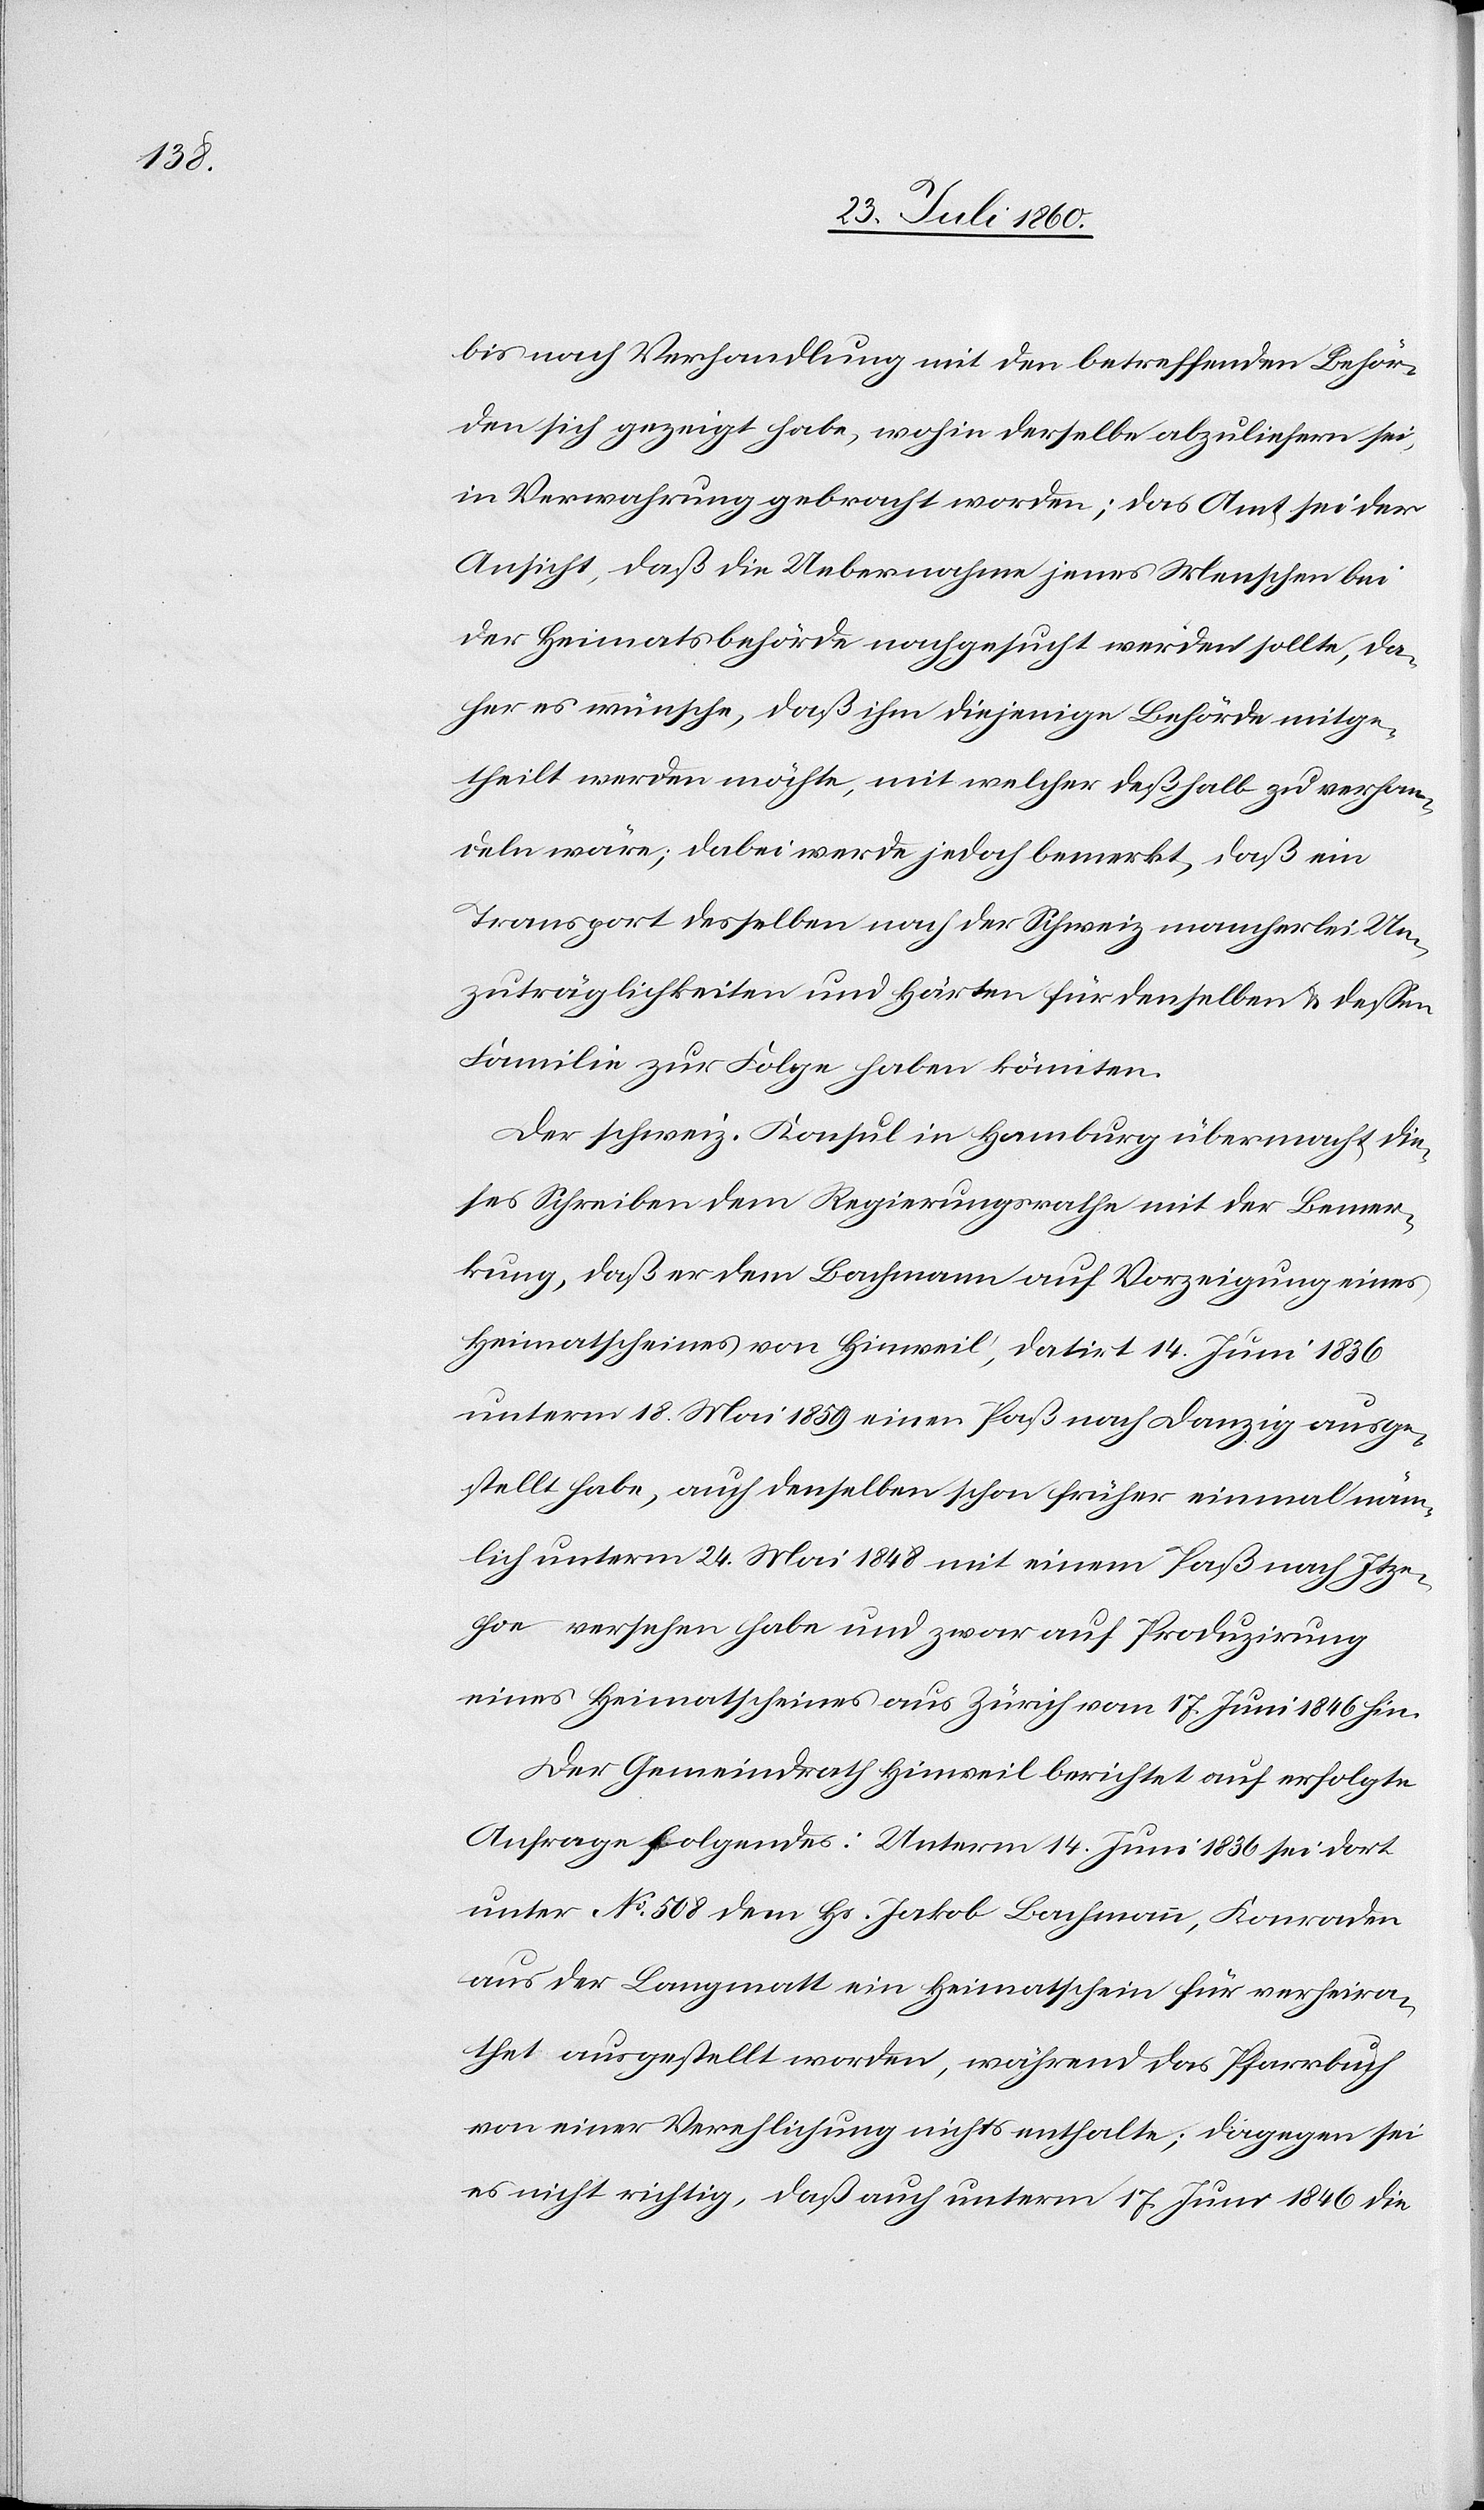
bis nach Verhandlung mit den betreffenden Behör¬
den sich gezeigt habe, wohin derselbe abzuliefern sei,
in Verwahrung gebracht worden; das Amt sei der
Ansicht, dass die Uebernahme jenes Menschen bei
der Heimatsbehörde nachgesucht werden sollte, da¬
her es wüsche, dass ihm diejenige Behörde mitge¬
theilt werden möchte, mit welcher deshalb zu verhan¬
deln wäre; dabei werde jedoch bemerkt, daß ein
Transport desselben nach der Schweiz mancherlei Un¬
zuträglichkeiten und Härten für denselben und dessen
Familie zur Folge haben könnten.
Der schweiz. Konsul in Hamburg übermacht die¬
ses Schreiben dem Regierungsrathe mit der Bemer¬
kung, dass er dem Bachmann auf Vorzeigung eines
Heimatscheines von Hinweil, datirt 14. Juni 1836
unterm 18. Mai 1859 einen Paß nach Danzig ausge¬
stellt habe, – auch denselben schon früher einmal näm¬
lich unterm 24. Mai 1848 mit einem Pass nach Itze¬
hoe versehen habe und zwar auf Produzirung
eines Heimathscheines aus Zürich vom 17. Juni 1846 hin.
Der Gemeindrath Hinweil berichtet auf erfolgte
Anfrage Folgendes: Unterm 14. Juni 1836 sei dort
unter No 508 dem Hs. Jakob Bachmann, Konraden
aus der Langmatten ein Heimathschein für verheira¬
thet ausgestellt worden, während das Pfarrbuch
von einer Verehelichung nichts enthalte; dagegen sei
es nicht richtig, dass auch unterm 17. Juni 1846 die